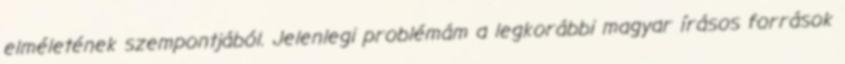
elméletének szempontjából. Jelenlegi problémám a legkorábbi magyar írásos források